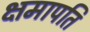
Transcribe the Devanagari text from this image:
क्षमापति